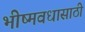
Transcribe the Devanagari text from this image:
भीष्मवधासाठी